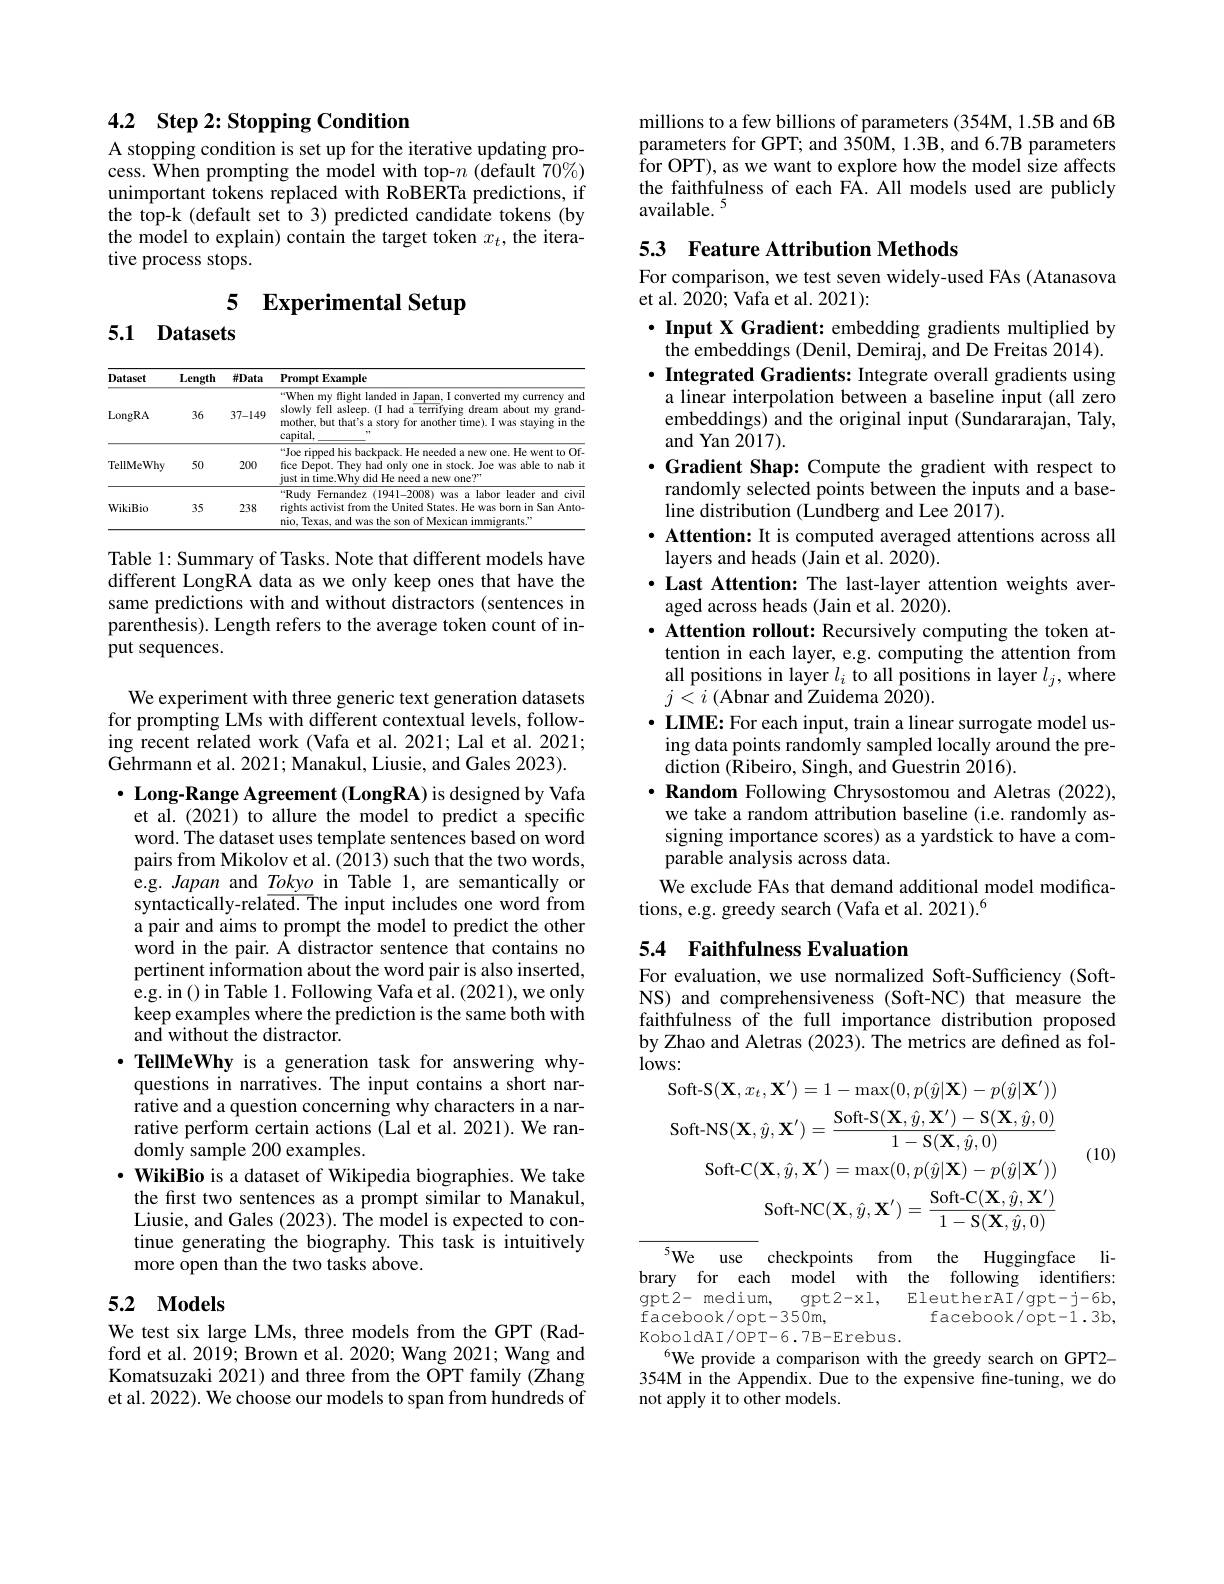
# 4.2 Step 2: Stopping Condition A stopping condition is set up for the iterative updating pro-

cess. When prompting the model with top-$n$ (default $\tilde70\%)$ unimportant tokens replaced with RoBERTa predictions, if the top-k (default set to 3) predicted candidate tokens (by the model to explain) contain the target token $x_t$, the iterative process stops.

5 Experimental Setup

5.1 Datasets

<table>
	<tbody>
		<tr>
			<th>Dataset</th>
			<th>Length</th>
			<th>样Data</th>
			<th>Prompt Example</th>
		</tr>
		<tr>
			<td>LongRA</td>
			<td>36</td>
			<td>37-149</td>
			<td>“When my flight landed in Japan, I converted my currency and slowly fell asleep.(I had a terrifying dream about my grand mother, but that's a story for another time). I was staying in the $=\frac{1}{2}$ capital,</td>
		</tr>
		<tr>
			<td>TellMeWhy</td>
			<td>50</td>
			<td>200</td>
			<td>Joe ripped his backpack. He needed a new one. He went to Of- fice Depot. They had only one in stock. Joe was able to nab it just in time.Why did He need a new one?"</td>
		</tr>
		<tr>
			<td>WikiBio</td>
			<td>35</td>
			<td>238</td>
			<td>“Rudy Fernandez(l94l-2008) was a labor leader and civi rights activist from the United States. He was born in San Anto nio, Texas, and was the son of Mexican immigrants."</td>
		</tr>
	</tbody>
</table>

Table 1: Summary of Tasks. Note that different models have different LongRA data as we only keep ones that have the same predictions with and without distractors (sentences in parenthesis). Length refers to the average token count of input sequences.

We experiment with three generic text generation datasets for prompting LMs with different contextual levels, following recent related work (Vafa et al. 2021; Lal et al. 2021; Gehrmann et al. 2021; Manakul, Liusie, and Gales 2023).

$\cdot$ Long-Range Agreement (LongRA) is designed by Vafa et al. (2021) to allure the model to predict a specific word. The dataset uses template sentences based on word pairs from Mikolov et al. (2013) such that the two words, e.g. Japan and $\underline{\textit{Tokyo in Table 1, are semantically or}}$ syntactically-related. The input includes one word from a pair and aims to prompt the model to predict the other word in the pair. A distractor sentence that contains no pertinent information about the word pair is also inserted, e.g. in() in Table 1. Following Vafa et al. (2021), we only keep examples where the prediction is the same both with $\hat{\text{and without the distractor.}}$
$\cdot \textbf{TellMeWhy is a generation task for answering why- }$ questions in narratives. The input contains a short narrative and a question concerning why characters in a narrative perform certain actions (Lal et al. 2021). We randomly sample 200 examples.
$\cdot \textbf{WikiBio is a dataset of Wikipedia biographies. We take}$ the first two sentences as a prompt similar to Manakul, Liusie, and Gales (2023). The model is expected to continue generating the biography. This task is intuitively more open than the two tasks above.

# 5.2 Models

We test six large LMs, three models from the GPT (Radford et al. 2019; Brown et al. 2020; Wang 2021; Wang and Komatsuzaki 2021) and three from the OPT family (Zhang et al. 2022). We choose our models to span from hundreds of

millions to a few billions of parameters (354M, 1.5B and 6B parameters for GPT; and 350M, 1.3B, and 6.7B parameters $\hat{\mathrm{for~OPT),~as~we~want~to~explore~how~the~model~size~affects}}$ the faithfulness of each FA. All models used are publicly available. $^{5}$

# 53 Feature Attribution Methods

For comparison, we test seven widely-used FAs (Atanasova
et al. 2020; Vafa et al. 2021):

$\cdot$ Input X Gradient: embedding gradients multiplied by
the embeddings (Denil, Demiraj, and De Freitas 2014). $\cdot$ Integrated Gradients: Integrate overall gradients using
a linear interpolation between a baseline input (all zero embeddings) and the original input (Sundararajan, Taly, and Yan 2017).
$\cdot$ Gradient Shap: Compute the gradient with respect to
randomly selected points between the inputs and a base-
line distribution (Lundberg and Lee 2017).
· Attention: It is computed averaged attentions across all
layers and heads (Jain et al. 2020).
$\cdot$ Last Attention: The last-layer attention weights aver-
aged across heads (Jain et al. 2020).
· Attention rollout: Recursively computing the token at-
tention in each layer, e.g. computing the attention from all positions in layer $l_i$ to all positions in layer $l_j$, where $j<i$ (Abnar and Zuidema 2020).
$\cdot$ LIME: For each input, train a linear surrogate model us-
ing data points randomly sampled locally around the pre-
diction (Ribeiro, Singh, and Guestrin 2016)
$\cdot$ Random Following Chrysostomou and Aletras (2022),
we take a random attribution baseline (i.e. randomly assigning importance scores) as a yardstick to have a comparable analysis across data.
We exclude FAs that demand additional model modifica-
tions, e.g. greedy search (Vafa et al. 2021).$^6$

## 5.4 Faithfulness Evaluation

For evaluation, we use normalized Soft-Sufficiency (SoftNS) and comprehensiveness (Soft-NC) that measure the faithfulness of the full importance distribution proposed by Zhao and Aletras (2023). The metrics are defined as fol- $lows:$

(10)
$$\begin{aligned}&\mathrm{Soft-S}(\mathbf{X},x_{t},\mathbf{X}^{\prime})=1-\max(0,p(\hat{y}|\mathbf{X})-p(\hat{y}|\mathbf{X}^{\prime}))\\&\mathrm{Soft-NS}(\mathbf{X},\hat{y},\mathbf{X}^{\prime})=\frac{\mathrm{Soft-S}(\mathbf{X},\hat{y},\mathbf{X}^{\prime})-\mathrm{S}(\mathbf{X},\hat{y},0)}{1-\mathrm{S}(\mathbf{X},\hat{y},0)}\\&\mathrm{Soft-C}(\mathbf{X},\hat{y},\mathbf{X}^{\prime})=\max(0,p(\hat{y}|\mathbf{X})-p(\hat{y}|\mathbf{X}^{\prime}))\\&\mathrm{Soft-NC}(\mathbf{X},\hat{y},\mathbf{X}^{\prime})=\frac{\mathrm{Soft-C}(\mathbf{X},\hat{y},\mathbf{X}^{\prime})}{1-\mathrm{S}(\mathbf{X},\hat{y},0)}\end{aligned}$$
5We use checkpoints from the Huggingface library for each model with the following identifiers

gpt2- medium,
$\gcd{\mathrm{t}}2-$x1,
EleutherAI/gpt-j-6b,
${\mathrm{facebook/opt-350m,}}$
facebook/opt-1.3b,
KoboldAI/OPT-6.7B-Erebus

$^{6}$We provide a comparison with the greedy search on GPT2- 354M in the Appendix. Due to the expensive fine-tuning, we do not apply it to other models.